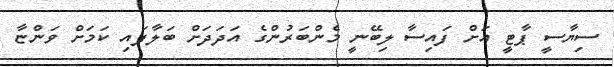
ސިޔާސީ ޕާޓީ އަށް ފައިސާ ލިބޭނީ މެންބަރުންގެ އަދަދަށް ބަލާފައި ކަމަށް ވަންޏާ